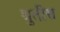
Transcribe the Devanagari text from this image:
श्रुतीस